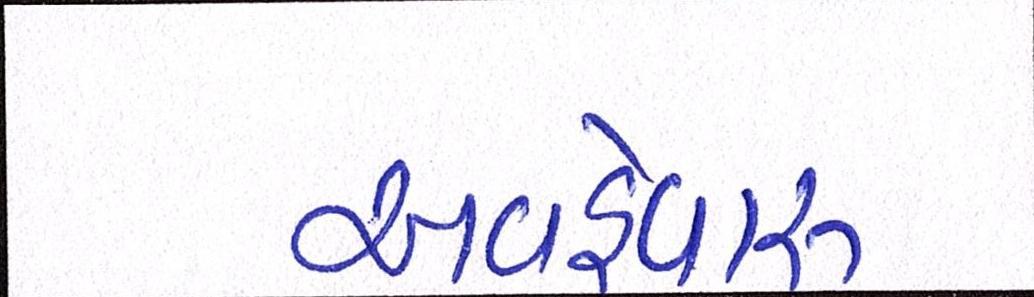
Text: અવહેવારુ